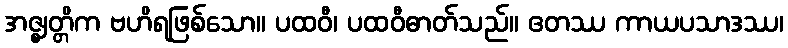
အဇ္ဈတ္တိက ဗဟိရဖြစ်သော။ ပထဝီ၊ ပထဝီဓာတ်သည်။ ဧတဿ ကာယပသာဒဿ၊